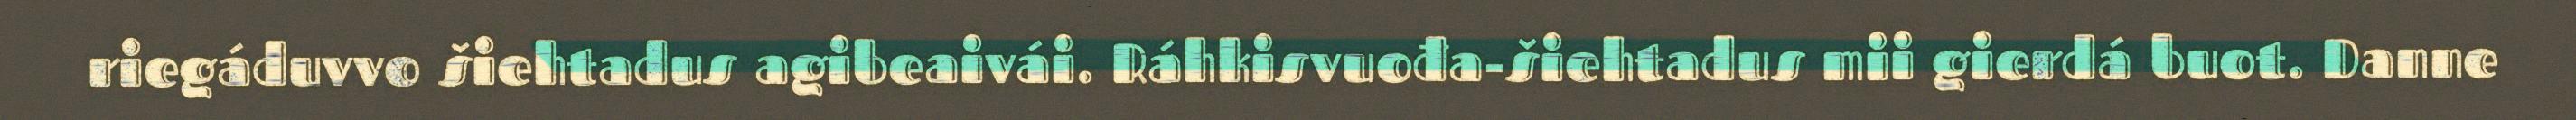
riegáduvvo šiehtadus agibeaivái. Ráhkisvuođa-šiehtadus mii gierdá buot. Danne